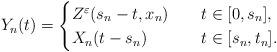
LaTeX: \begin{align*}Y_n (t) = \begin{cases}Z^\varepsilon (s_n - t, x_n) \ \ \ & t \in [0, s_n], \\X_n (t - s_n) \ \ \ & t \in [s_n, t_n].\end{cases}\end{align*}